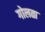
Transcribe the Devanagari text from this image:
गोलता